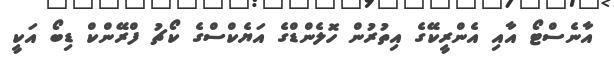
އާނެސްޓޯ އާއި އެންރީކޭގެ އިތުރުން ހޮލެންޑްގެ އަޔެކްސްގެ ކޯޗު ފްރޭންކް ޑިބޯ އަކީ